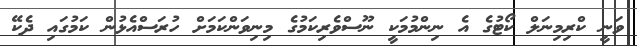
ވަނީ ކްރިމިނަލް ކޯޓުގެ އެ ނިންމުމަކީ ނޫސްވެރިކަމުގެ މިނިވަންކަމަށް ހުރަސްއެޅުން ކަމުގައި ދެކޭ